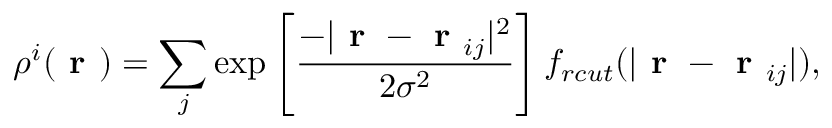
\centering \rho ^ { i } ( \textbf { r } ) = \sum _ { j } \exp \left[ \frac { - | \textbf { r } - \textbf { r } _ { i j } | ^ { 2 } } { 2 \sigma ^ { 2 } } \right] f _ { r c u t } ( | \textbf { r } - \textbf { r } _ { i j } | ) ,